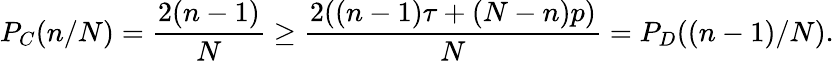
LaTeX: P_{C}(n/N)=\frac{2(n-1)}{N}\geq\frac{2((n-1)\tau+(N-n)p)}{N}=P_{D}((n-1)/N).